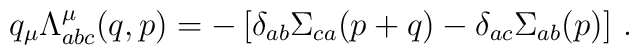
q_\mu \Lambda^\mu_{abc}(q,p) = - \left[  \delta_{ab} \Sigma_{ca}(p + q)  - \delta_{ac}  \Sigma_{ab}(p )   \right] \, .